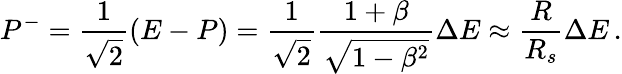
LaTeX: P^{-}=\frac{1}{\sqrt{2}}(E-P)=\frac{1}{\sqrt{2}}\frac{1+\beta}{\sqrt{1-\beta^{2}}}\Delta E\approx\frac{R}{R_{s}}\Delta E\, .